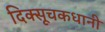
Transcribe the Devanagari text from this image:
दिक्सूचकधानी